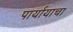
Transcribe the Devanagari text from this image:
पार्यायाचा